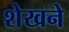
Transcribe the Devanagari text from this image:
शेखने